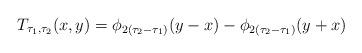
LaTeX: \begin{align*}T_{\tau_1,\tau_2}(x,y)=\phi_{2(\tau_2-\tau_1)}(y-x)-\phi_{2(\tau_2-\tau_1)}(y+x)\end{align*}